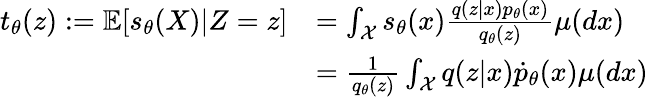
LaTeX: \begin{array}{rl}{t_{\theta}(z):={\mathbb E}[s_{\theta}(X)|Z=z]}&{=\int_{\mathcal X}s_{\theta}(x)\frac{q(z|x)p_{\theta}(x)}{{q}_{\theta}(z)}\mu(dx)}\\ &{=\frac{1}{{q}_{\theta}(z)}\int_{\mathcal X}q(z|x)\dot{p}_{\theta}(x)\mu(dx)}\end{array}